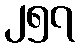
၂၅၇